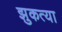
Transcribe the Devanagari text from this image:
झुकत्या